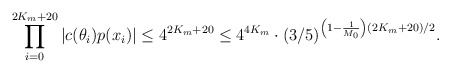
\begin{align*}\prod \limits_{i=0}^{2K_m + 20} |c(\theta_i)p(x_i)| \leq 4^{2K_m + 20} \leq 4^{4K_m} \cdot (3/5)^{\left(1 - \frac1{M_0} \right)(2K_m + 20)/2}.\end{align*}